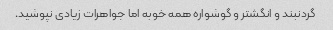
گردنبند و انگشتر و گوشواره همه خوبه اما جواهرات زیادی نپوشید.